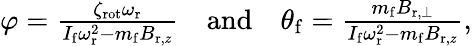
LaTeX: \begin{array}{r}{\varphi=\frac{\zeta_{\mathrm{rot}}\omega_{\mathrm{r}}}{I_{\mathrm{f}}\omega_{\mathrm{r}}^{2}-m_{\mathrm{f}}B_{\mathrm{r},z}}\quad\mathrm{and}\quad\theta_{\mathrm{f}}=\frac{m_{\mathrm{f}}B_{\mathrm{r},\perp}}{I_{\mathrm{f}}\omega_{\mathrm{r}}^{2}-m_{\mathrm{f}}B_{\mathrm{r},z}},}\end{array}